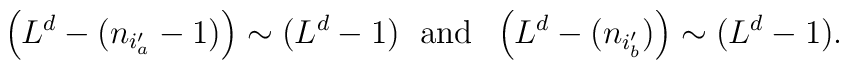
\left(L^{d}-(n_{i'_{a}}-1)\right)\sim (L^{d}-1)\;\mbox{  and  }\;\left(L^{d}-(n_{i'_{b}})\right)\sim (L^{d}-1).